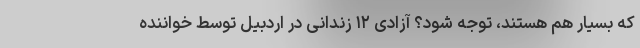
که بسیار هم هستند، توجه شود؟ آزادی ۱۲ زندانی در اردبیل توسط خواننده